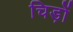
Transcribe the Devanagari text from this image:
चिड़ों